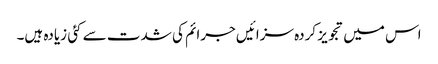
اس میں تجویز کردہ سزائیں جرائم کی شدت سے کئی زیادہ ہیں۔